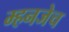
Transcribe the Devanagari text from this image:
म्हनजेच